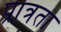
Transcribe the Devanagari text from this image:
प्रात्रता